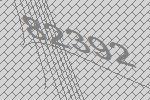
82392